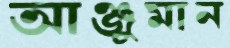
আঞ্জুমান